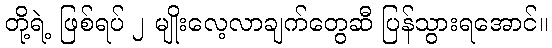
တို့ရဲ့ ဖြစ်ရပ် ၂ မျိုးလေ့လာချက်တွေဆီ ပြန်သွားရအောင်။